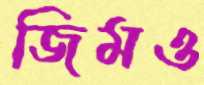
জিমও